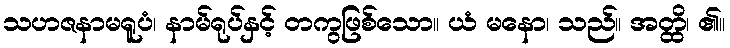
သဟဇနာမရူပံ၊ နာမ်ရုပ်နှင့် တကွဖြစ်သော။ ယံ မနော၊ သည်။ အတ္ထိ၊ ၏။